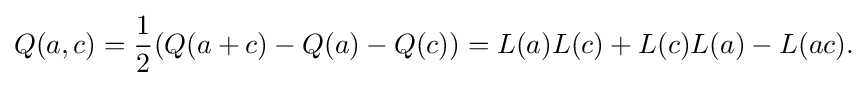
\displaystyle {Q(a,c)={1 \over 2}(Q(a+c)-Q(a)-Q(c))=L(a)L(c)+L(c)L(a)-L(ac).}